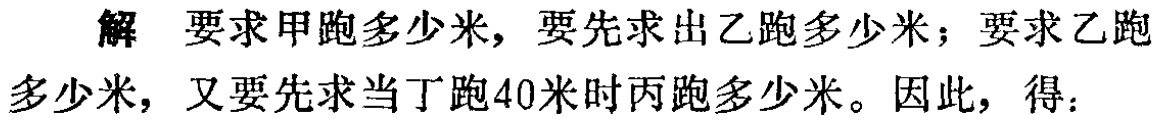
解 要求甲跑多少米，要先求出乙跑多少米；要求乙跑多少米，又要先求当丁跑40米时丙跑多少米。因此，得：